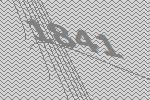
1841